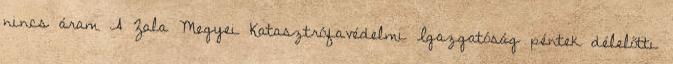
nincs áram A Zala Megyei Katasztrófavédelmi Igazgatóság péntek délelőtti